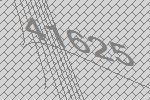
41625